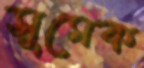
সুমেক